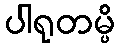
ပါရုတမ္ပိ